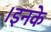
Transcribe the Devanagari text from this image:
।इनके